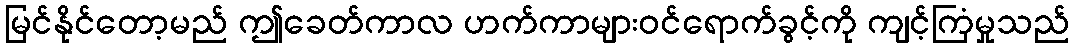
မြင်နိုင်တော့မည် ဤခေတ်ကာလ ဟက်ကာများဝင်ရောက်ခွင့်ကို ကျင့်ကြံမှုသည်